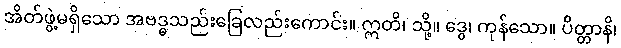
အိတ်ဖွဲ့မရှိသော အဗဒ္ဓသည်းခြေလည်းကောင်း။ ဣတိ၊ သို့။ ဒွေ၊ ကုန်သော။ ပိတ္တာနိ၊